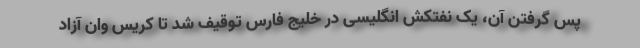
پس گرفتن آن، یک نفتکش انگلیسی در خلیج فارس توقیف شد تا کریس وان آزاد